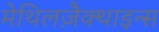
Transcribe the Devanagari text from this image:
मेथिलज़ैक्थाइन्स